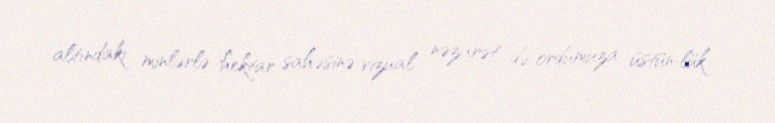
altındakı minlərlə hektar sahəsinə vizual nəzarət də ordumuza üstün­lük